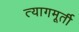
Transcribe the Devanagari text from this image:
त्यागमूर्ती